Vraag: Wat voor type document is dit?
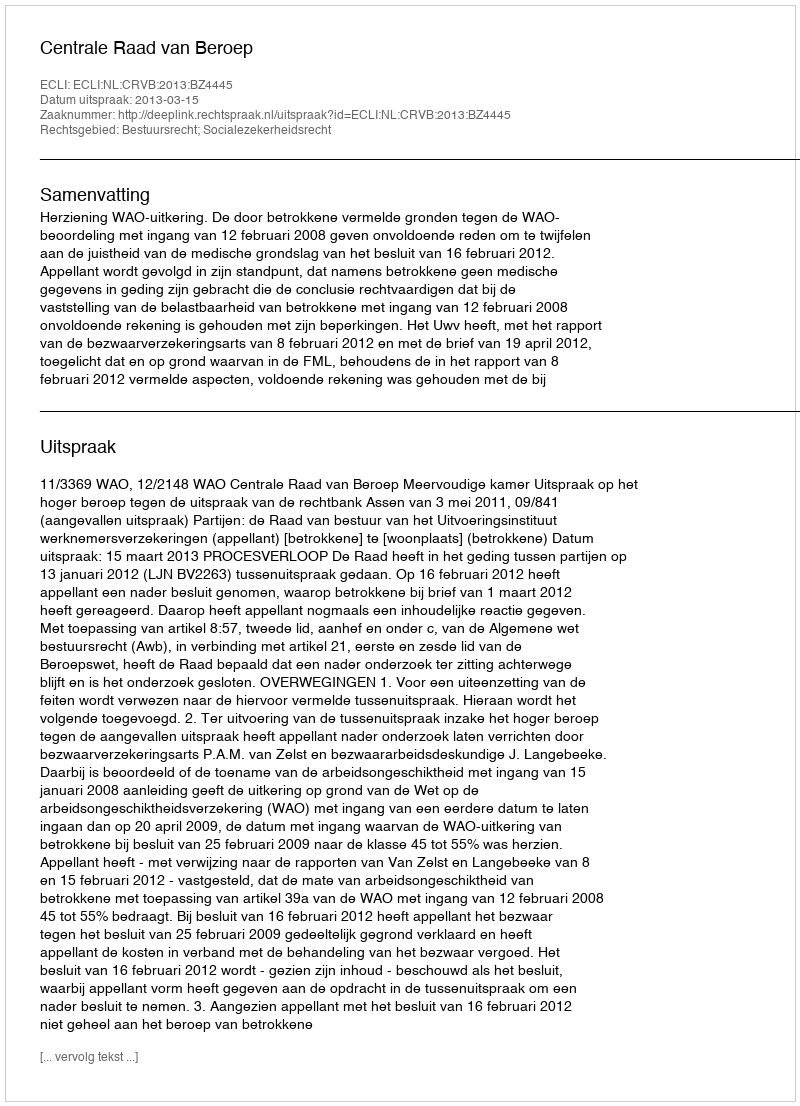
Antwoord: Uitspraak